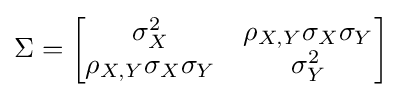
\Sigma ={\begin{bmatrix}\sigma _{X}^{2}&\rho _{X,Y}\sigma _{X}\sigma _{Y}\\\rho _{X,Y}\sigma _{X}\sigma _{Y}&\sigma _{Y}^{2}\\\end{bmatrix}}